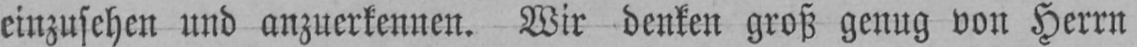
einzusehen und anzuerkennen. Wir denken groß genug von Herrn